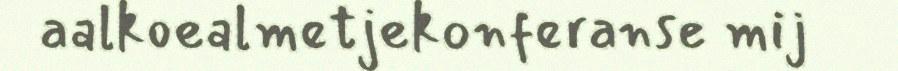
aalkoealmetjekonferanse mij